Proceedings of the meeting of veterinary officers in India
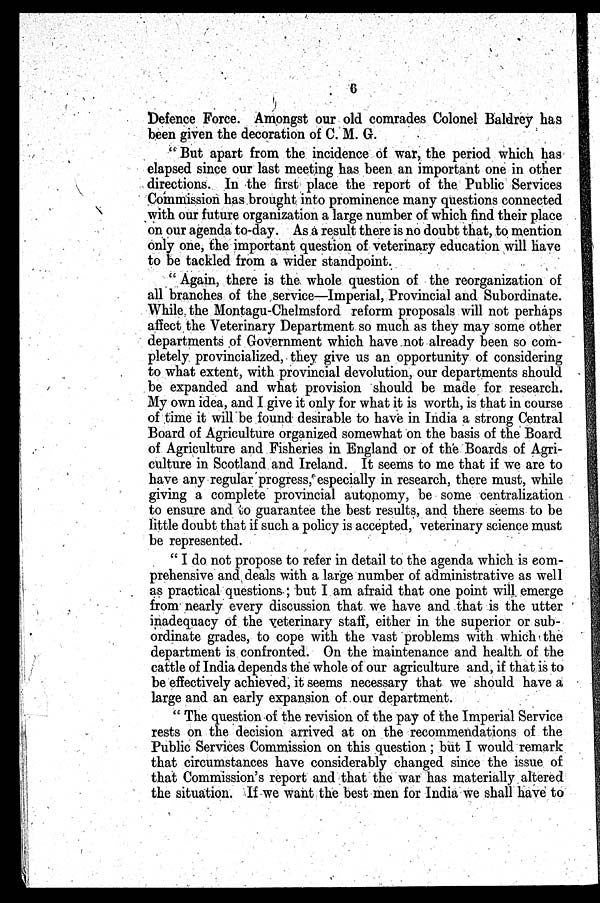
6
Defence Force. Amongst our old comrades Colonel Baldrey has
been given the decoration of C. M. G.
" But apart from the incidence of war, the period which has
elapsed since our last meeting has been an important one in other
directions. In the first place the report of the Public Services
Commission has brought into prominence many questions connected
with our future organization a large number of which find their place
on our agenda to-day. As a result there is no doubt that, to mention
only one, the important question of veterinary education will have
to be tackled from a wider standpoint.
" Again, there is the whole question of the reorganization of
all branches of the service—Imperial, Provincial and Subordinate.
While the Montagu-Chelmsford reform proposals will not perhaps
affect the Veterinary Department so much as they may some other
departments of Government which have not already been so com-
pletely provincialized, they give us an opportunity of considering
to what extent, with provincial devolution, our departments should
be expanded and what provision should be made for research.
My own idea, and I give it only for what it is worth, is that in course
of time it will be found desirable to have in India a strong Central
Board of Agriculture organized somewhat on the basis of the Board
of Agriculture and Fisheries in England or of the Boards of Agri-
culture in Scotland and Ireland. It seems to me that if we are to
have any regular progress, especially in research, there must, while
giving a complete provincial autonomy, be some centralization
to ensure and to guarantee the best results, and there seems to be
little doubt that if such a policy is accepted, veterinary science must
be represented.
" I do not propose to refer in detail to the agenda which is com-
prehensive and deals with a large number of administrative as well
as practical questions ; but I am afraid that one point will emerge
from nearly every discussion that we have and that is the utter
inadequacy of the veterinary staff, either in the superior or sub-
ordinate grades, to cope with the vast problems with which the
department is confronted. On the maintenance and health of the
cattle of India depends the whole of our agriculture and, if that is to
be effectively achieved, it seems necessary that we should have a
large and an early expansion of our department.
" The question of the revision of the pay of the Imperial Service
rests on the decision arrived at on the recommendations of the
Public Services Commission on this question ; but I would remark
that circumstances have considerably changed since the issue of
that Commission's report and that the war has materially altered
the situation. If we want the best men for India we shall have to